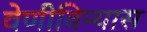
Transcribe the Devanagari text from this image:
वेणीविन्यास